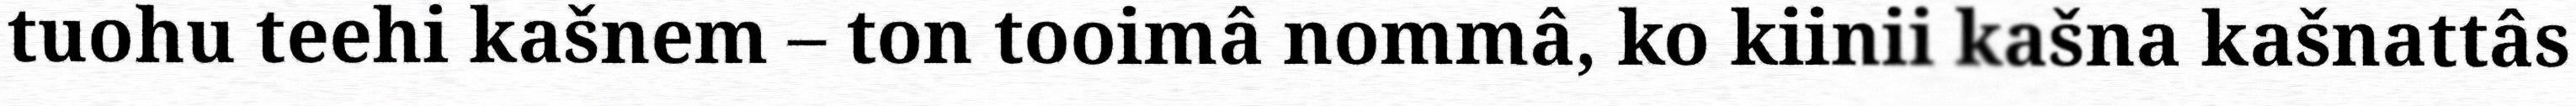
tuohu teehi kašnem – ton tooimâ nommâ, ko kiinii kašna kašnattâs